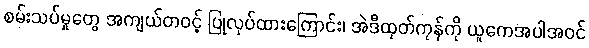
စမ်းသပ်မှုတွေ အကျယ်တဝင့် ပြုလုပ်ထားကြောင်း၊ အဲဒီထုတ်ကုန်ကို ယူကေအပါအဝင်